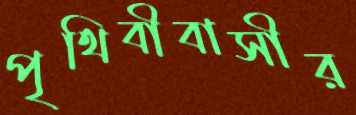
পৃথিবীবাসীর